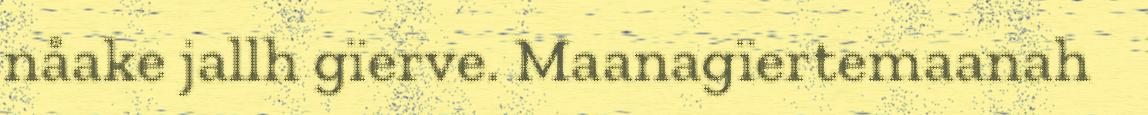
nåake jallh gïerve. Maanagïertemaanah